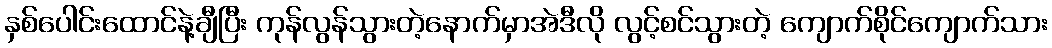
နှစ်ပေါင်းထောင်နဲ့ချီပြီး ကုန်လွန်သွားတဲ့နောက်မှာအဲဒီလို လွင့်စင်သွားတဲ့ ကျောက်စိုင်ကျောက်သား